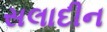
સલાદીન